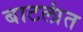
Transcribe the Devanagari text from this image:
बाटलांत